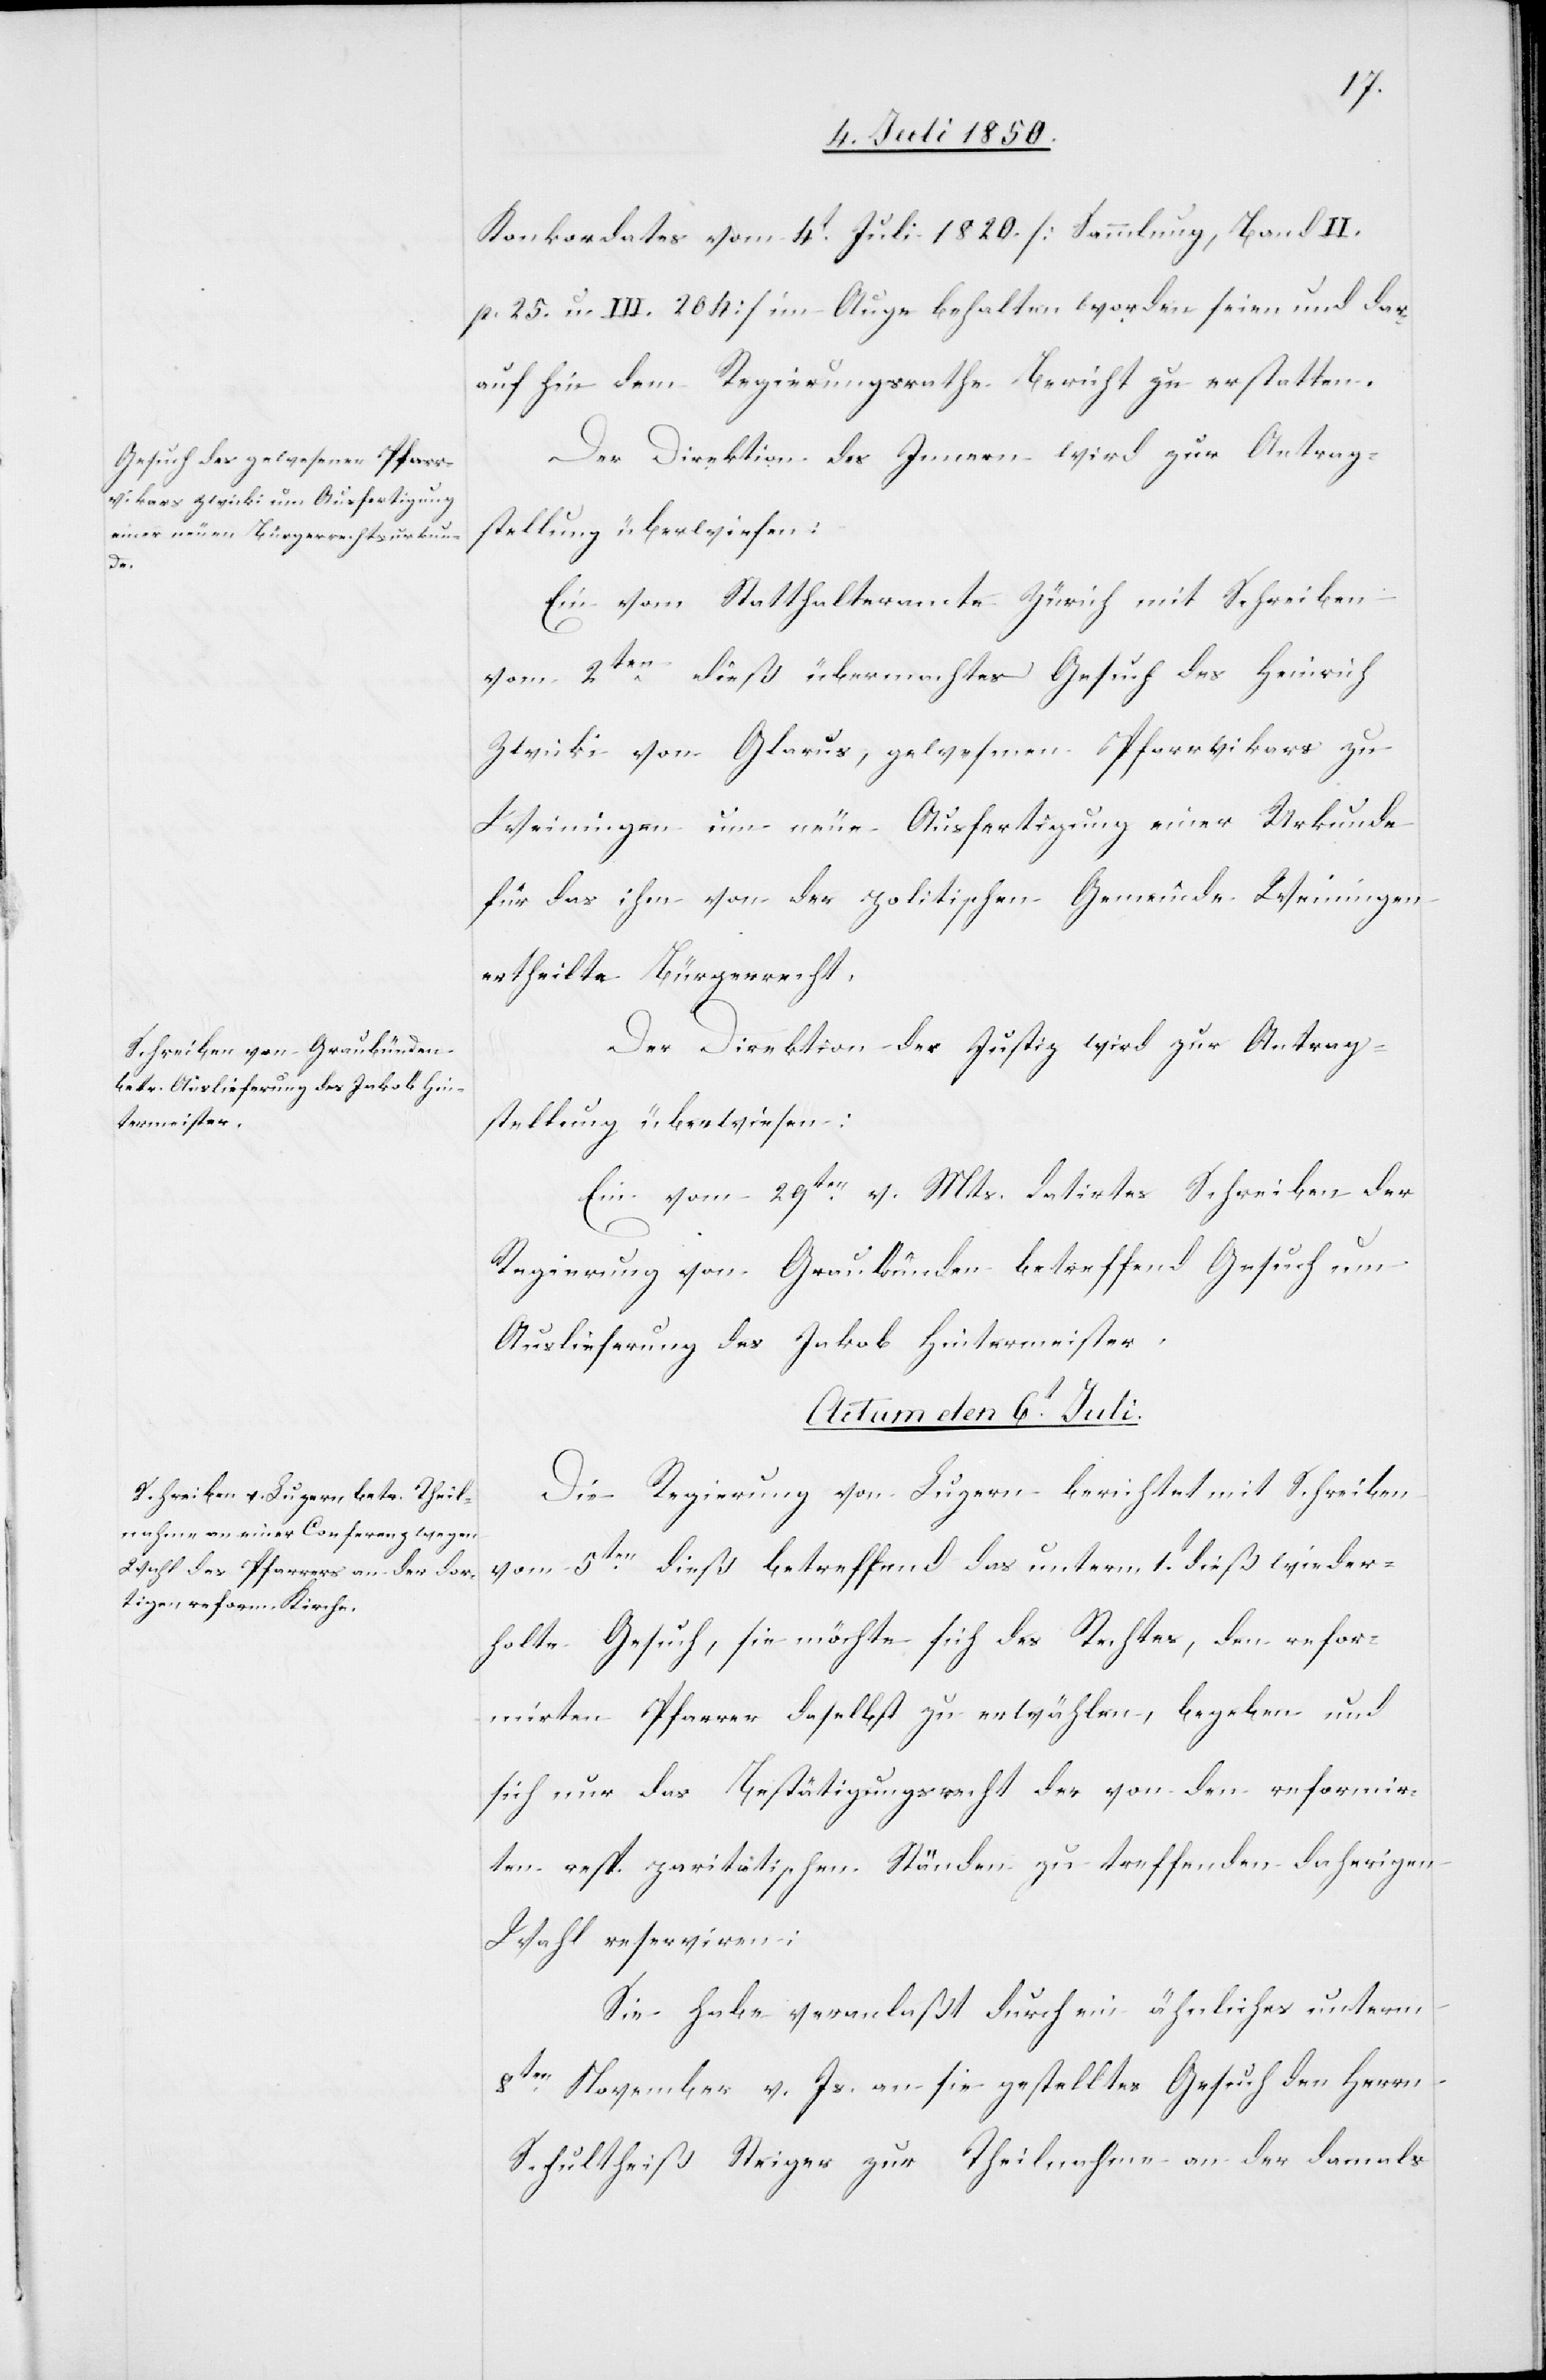
Konkordates vom 4t Juli 1820 [Sammlung, Band II.
p. 25. u. III. 204] im Auge behalten worden seien und dar¬
aufhin dem Regierungsrathe Bericht zu erstatten.
Der Direktion des Innern wird zur Antrag¬
stellung überwiesen:
Ein vom Statthalteramte Zürich mit Schreiben
vom 2ten dieß übermachtes Gesuch des Heinrich
Zwicki von Glarus, gewesmen [sic!] Pfarrvikars zu
Weiningen um neue Ausfertigung einer Urkunde
für das ihm von der politischen Gemeinde Weiningen
ertheilte Bürgerrecht.
Der Direktion der Justiz wird zur Antrag¬
stellung überwiesen:
Ein vom 29ten v Mts. datirtes Schreiben der
Regierung von Graubünden betreffend Gesuch um
Auslieferung des Jakob Hintermeister.
Actum den 6t Juli.
Die Regierung von Luzern berichtet mit Schreiben
vom 5ten dieß betreffend das unterm 1t dieß wieder¬
holte Gesuch, sie möchte sich des Rechtes, den refor¬
mirten Pfarrer daselbst zu erwählen, begeben und
sich nur das Bestätigungsrecht der von den reformir¬
ten resp. paritätischen Ständen zu treffenden daherigen
Wahl reserviren:
Sie habe veranlaßt durch ein ähnliches unterm
8ten November v. Js. an sie gestelltes Gesuch den Herrn
Schultheiß Steiger zur Theilnahme an der damals